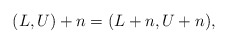
\begin{align*}(L,U)+n=(L+n,U+n),\end{align*}